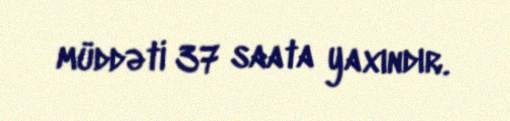
müddəti 37 saata yaxındır.